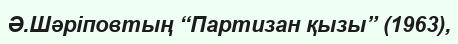
Ә.Шәріповтың “Партизан қызы” (1963),